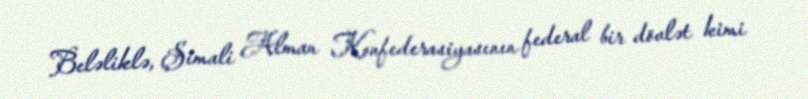
Beləliklə, Şimali Alman Konfederasiyasının federal bir dövlət kimi